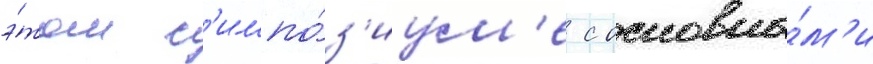
э́том с'импо́з'иум'е с основны́м'и